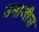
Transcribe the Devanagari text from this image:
उमाजीस